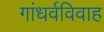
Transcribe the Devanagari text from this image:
गांधर्वविवाह